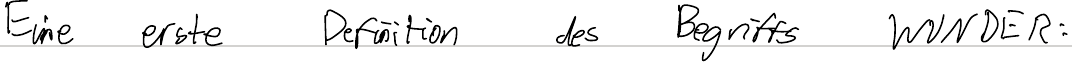
Eine erste Definition des Begriffs WUNDER: